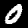
Label: 0